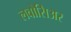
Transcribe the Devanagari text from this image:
लवोसिअर